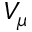
V _ { \mu }